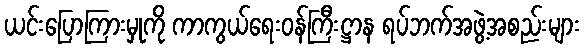
ယင်းပြောကြားမှုကို ကာကွယ်ရေးဝန်ကြီးဋ္ဌာန ရပ်ဘက်အဖွဲ့အစည်းများ